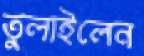
তুলাইলেন